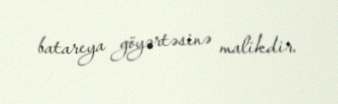
batareya göyərtəsinə malikdir.